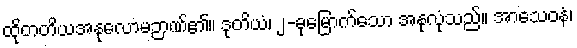
ထိုတတိယအနုလောမဉာဏ်၏။ ဒုတိယံ၊ ၂-ခုမြောက်သော အနုလုံသည်။ အာသေဝနံ၊